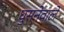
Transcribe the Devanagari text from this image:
घुसनेवाले